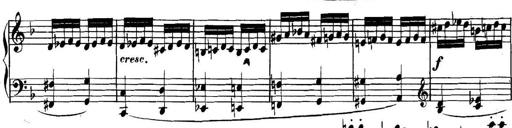
Title: Collected Piano Sonatas
Composer: Muzio Clementi